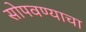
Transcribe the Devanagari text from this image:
सोपवण्याचा